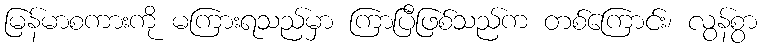
မြန်မာစကားကို မကြားရသည်မှာ ကြာပြီဖြစ်သည်က တစ်ကြောင်း၊ လွန်စွာ